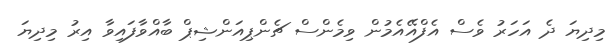
މިދިޔަ ދެ އަހަރު ވެސް އެފްއޭއެމުން ވިމެންސް ޗެންޕިއަންޝިޕް ބާއްވާފައިވާ އިރު މިދިޔަ